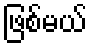
ဖြစ်မယ်